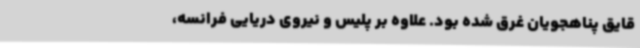
قایق پناهجویان غرق شده بود. علاوه بر پلیس و نیروی دریایی فرانسه،